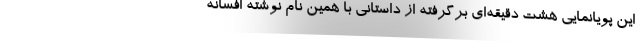
این پویانمایی هشت دقیقه‌ای برگرفته از داستانی با همین نام نوشته افسانه